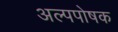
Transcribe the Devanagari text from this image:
अल्पपोषक